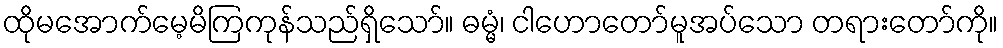
ထိုမအောက်မေ့မိကြကုန်သည်ရှိသော်။ ဓမ္မံ၊ ငါဟောတော်မူအပ်သော တရားတော်ကို။